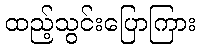
ထည့်သွင်းပြောကြား